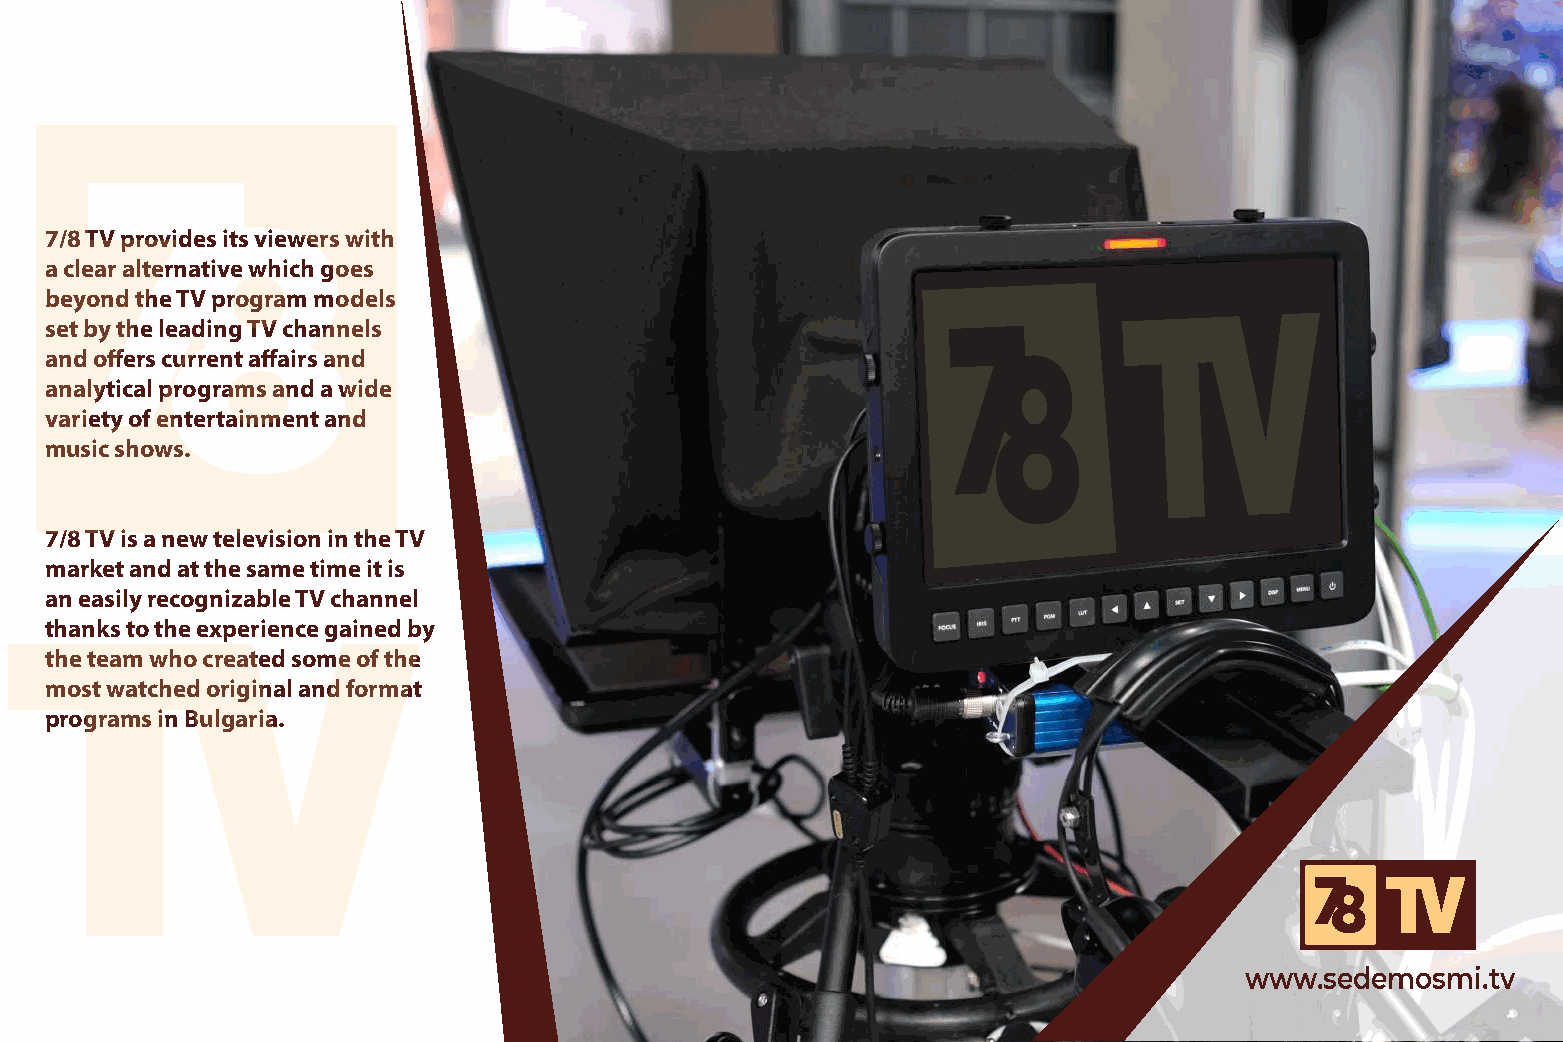
7/8 TV provides its viewers with
 a clear alternative which goes
 beyond the TV program models
 set by the leading TV channels
 and offers current affairs and
 analytical programs and a wide
 variety of entertainment and
 music shows.
 7/8 TV is a new television in the TV
 market and at the same time it is
 an easily recognizable TV channel
 thanks to the experience gained by
 the team who created some of the
 most watched original and format
 programs in Bulgaria.
 www.sedemosmi.tv